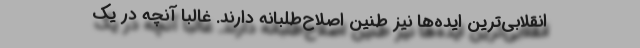
انقلابی‌ترین ایده‌ها نیز طنین اصلاح‌طلبانه دارند. غالبا آنچه در یک